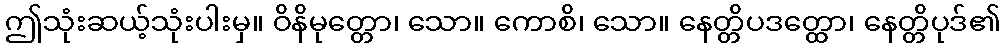
ဤသုံးဆယ့်သုံးပါးမှ။ ဝိနိမုတ္တော၊ သော။ ကောစိ၊ သော။ နေတ္တိပဒတ္ထော၊ နေတ္တိပုဒ်၏